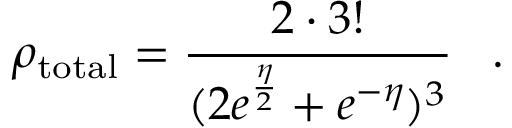
\rho _ { \mathrm { t o t a l } } = \frac { 2 \cdot 3 ! } { ( 2 e ^ { \frac { \eta } { 2 } } + e ^ { - \eta } ) ^ { 3 } } \, \, \, \, \, . \, \, \, \, \,